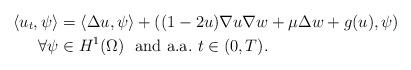
LaTeX: \begin{align*}\left\langle u_{t},\psi\right\rangle & =\left\langle \Delta u,\psi\right\rangle +\left( (1-2u)\nabla u\nabla w+\mu\Delta w+g(u),\psi\right) \\\forall\psi & \in H^{1}(\Omega)~\hbox{ and a.a.}~t\in(0,T).\end{align*}